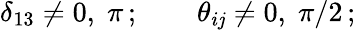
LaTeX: \delta_{13}\neq0,\; \pi\, ;\qquad\theta_{i\mathit{j}}\neq0,\; \pi/2\, ;